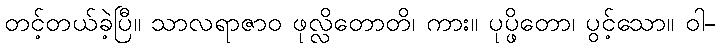
တင့်တယ်ခဲ့ပြီ။ သာလရာဇာဝ ဖုလ္လိတောတိ၊ ကား။ ပုပ္ဖိတော၊ ပွင့်သော။ ဝါ-